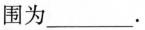
围为___.